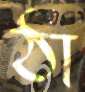
ঠা